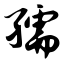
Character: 孺